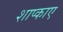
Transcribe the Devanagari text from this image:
शाप्काए